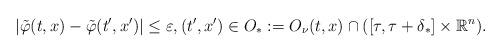
LaTeX: \begin{align*}|\tilde{\varphi}(t,x) - \tilde{\varphi}(t',x')| \leq \varepsilon,(t',x') \in O_* :=O_\nu(t,x) \cap ([\tau,\tau + \delta_*] \times \mathbb R^n).\end{align*}